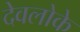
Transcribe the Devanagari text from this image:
देवलोके